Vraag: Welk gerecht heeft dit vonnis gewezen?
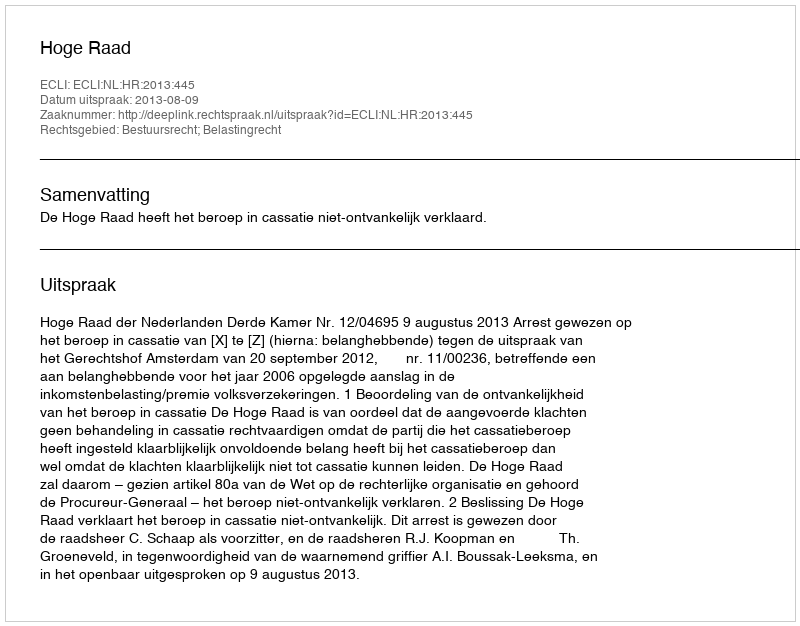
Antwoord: Hoge Raad